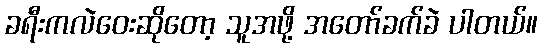
ခရီးကလဲဝေးဆိုတော့ သူအဖို့ အတော်ခက်ခဲ ပါတယ်။